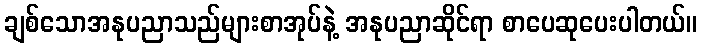
ချစ်သောအနုပညာသည်များစာအုပ်နဲ့ အနုပညာဆိုင်ရာ စာပေဆုပေးပါတယ်။